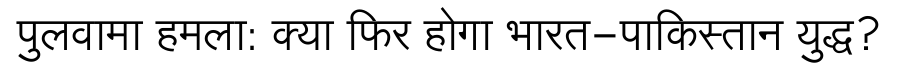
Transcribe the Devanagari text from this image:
पुलवामा हमला: क्या फिर होगा भारत-पाकिस्तान युद्ध?